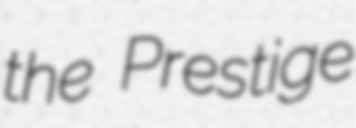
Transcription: the Prestige